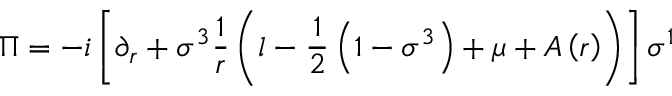
\Pi = - i \left[ \partial _ { r } + \sigma ^ { 3 } \frac { 1 } { r } \left( l - \frac { 1 } { 2 } \left( 1 - \sigma ^ { 3 } \right) + \mu + A \left( r \right) \right) \right] \sigma ^ { 1 }